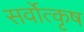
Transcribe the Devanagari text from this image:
सर्वोत्कृष